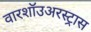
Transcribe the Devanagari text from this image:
वारशॉउअरस्ट्रास